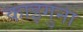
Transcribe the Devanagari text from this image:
काइगुना